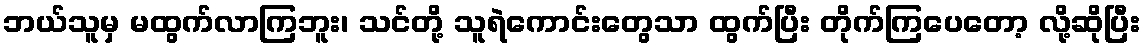
ဘယ်သူမှ မထွက်လာကြဘူး၊ သင်တို့ သူရဲကောင်းတွေသာ ထွက်ပြီး တိုက်ကြပေတော့ လို့ဆိုပြီး